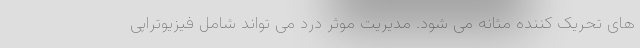
های تحریک کننده مثانه می شود. مدیریت موثر درد می تواند شامل فیزیوتراپی